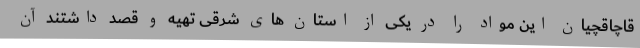
قاچاقچیان این مواد را در یکی از استان های شرقی تهیه و قصد داشتند آن